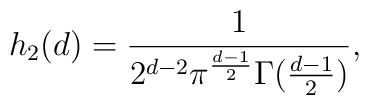
h_{2}(d)=\frac{1}{2^{d-2}\pi^{\frac{d-1}{2}} \Gamma(\frac{d-1}{2})},